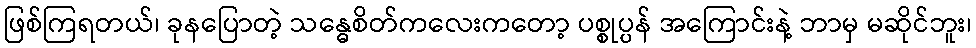
ဖြစ်ကြရတယ်၊ ခုနပြောတဲ့ သန္ဓေစိတ်ကလေးကတော့ ပစ္စုပ္ပန် အကြောင်းနဲ့ ဘာမှ မဆိုင်ဘူး၊